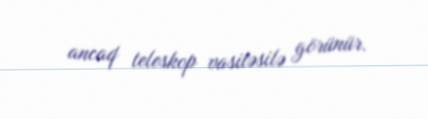
ancaq teleskop vasitəsilə görünür.